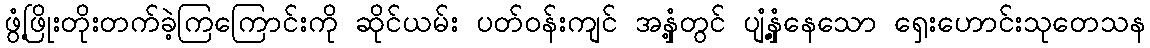
ဖွံ့ဖြိုးတိုးတက်ခဲ့ကြကြောင်းကို ဆိုင်ယမ်း ပတ်ဝန်းကျင် အနှံ့တွင် ပျံ့နှံ့နေသော ရှေးဟောင်းသုတေသန